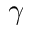
\gamma